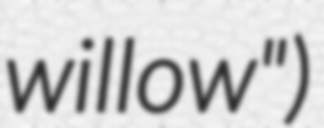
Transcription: willow")